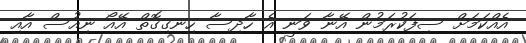
އެއްކަމަށް ސިފަކުރަމުން އޭނާ ވަނީ އެ ހާދިސާ ހިނގިގޮތް އޭއޯ ނިއުސް އާއި